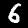
Digit: 6